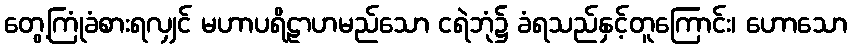
တွေ့ကြုံခံစားရလျှင် မဟာပရိဠာဟမည်သော ငရဲဘုံ၌ ခံရသည်နှင့်တူကြောင်း၊ ဟောသော